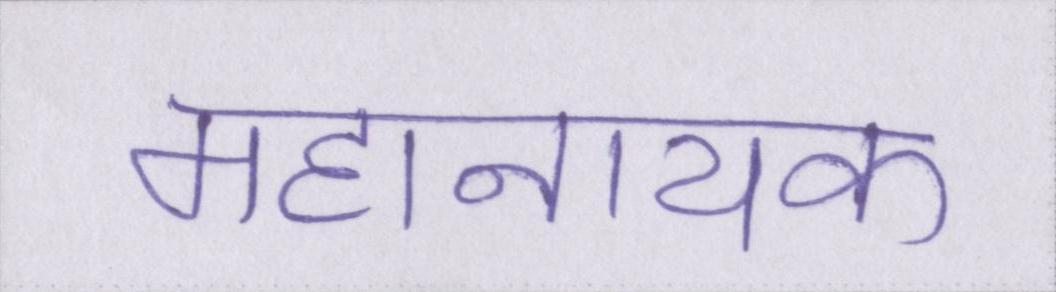
महानायक